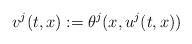
LaTeX: \begin{align*}v^j(t,x):=\theta^j(x,u^j(t,x))\end{align*}